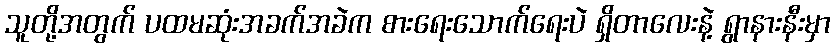
သူတို့အတွက် ပထမဆုံးအခက်အခဲက စားရေးသောက်ရေးပဲ ရှိတာလေးနဲ့ ရွာနားနီးမှာ